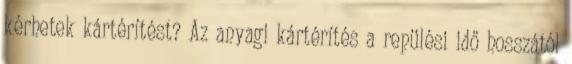
kérhetek kártérítést? Az anyagi kártérítés a repülési idő hosszától